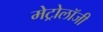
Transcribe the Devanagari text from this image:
मेट्रोलॉजी